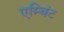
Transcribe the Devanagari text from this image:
एम्बिंट